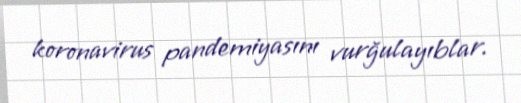
koronavirus pandemiyasını vurğulayıblar.